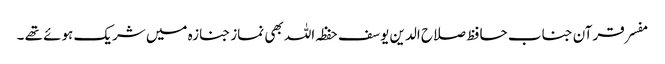
مفسر قرآن جناب حافظ صلاح الدین یوسف حفظہ اللہ بھی نماز جنازہ میں شریک ہوئے تھے ۔